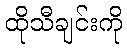
ထိုသီချင်းကို